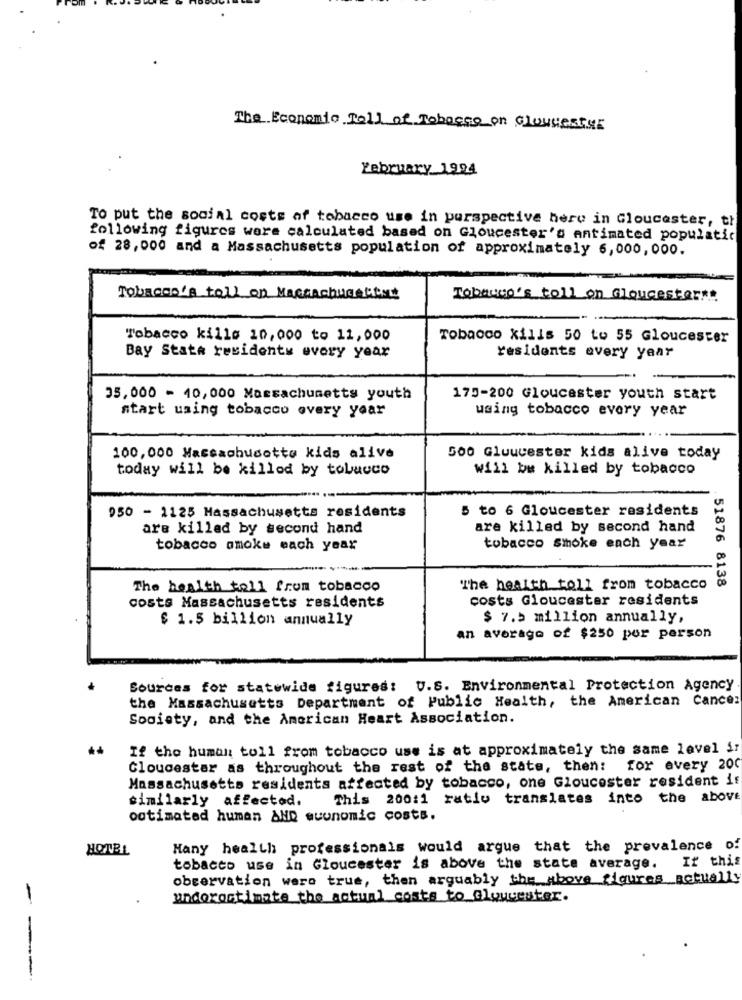
The Economic Toll of Tobacco on Gloucester
February 1994
To put the social costs of tobacco use in perspective here in Gloucester, th
following figures were calculated based on Gloucester's antimated populatic
of 28, 000 and a Massachusetts population of approximately 6,000,000.
Tobacco's tall on Massachusetts
Tobacco's toll on Gloucester !!
Tobacco kills 10,000 to 11,000
Tobacco xilis 50 to 55 Gloucester
Bay State residents every year
residents every year
35,000 - 10,000 Massachusetts youth
175-200 Gloucester youth start
start using tobacco every year
using tobacco every year
100,000 Massachudotto kids alive
500 Gloucester kids alive today
today will be killed by tobucco
will be killed by tobacco
950 - 1125 Massachusetts residents
5 to 6 Gloucester residents
are killed by second hand
are killed by second hand
tobacco smoke each year
tobacco smoke each year
. 51876 8138
The health toll from tobacco
The health toll from tobacco
costs Gloucester residents
costs Massachusetts residents
$ 1.5 billion annually
$ 7.5 million annually,
an average of $250 por person
Sources for statewide figures: U.S. Environmental Protection Agency
the Massachusetts Department of Public Health, the American Cancer
Society, and the American Heart Association.
If the human toll from tobacco use is at approximately the same level ir
Gloucester as throughout the rest of the state, then: for every 200
Massachusetts residents affected by tobacco, one Gloucester resident i:
similarly affected.
This 200:1 ratio translates into the above
ootimated human AND muunomic costs.
HOTEL
Hany health professionals would argue that the prevalence of
If this
tobacco use in Gloucester is above the state average.
observation were true, then arguably the above figures actually
underestimate the actual costs to Gloucester.
---